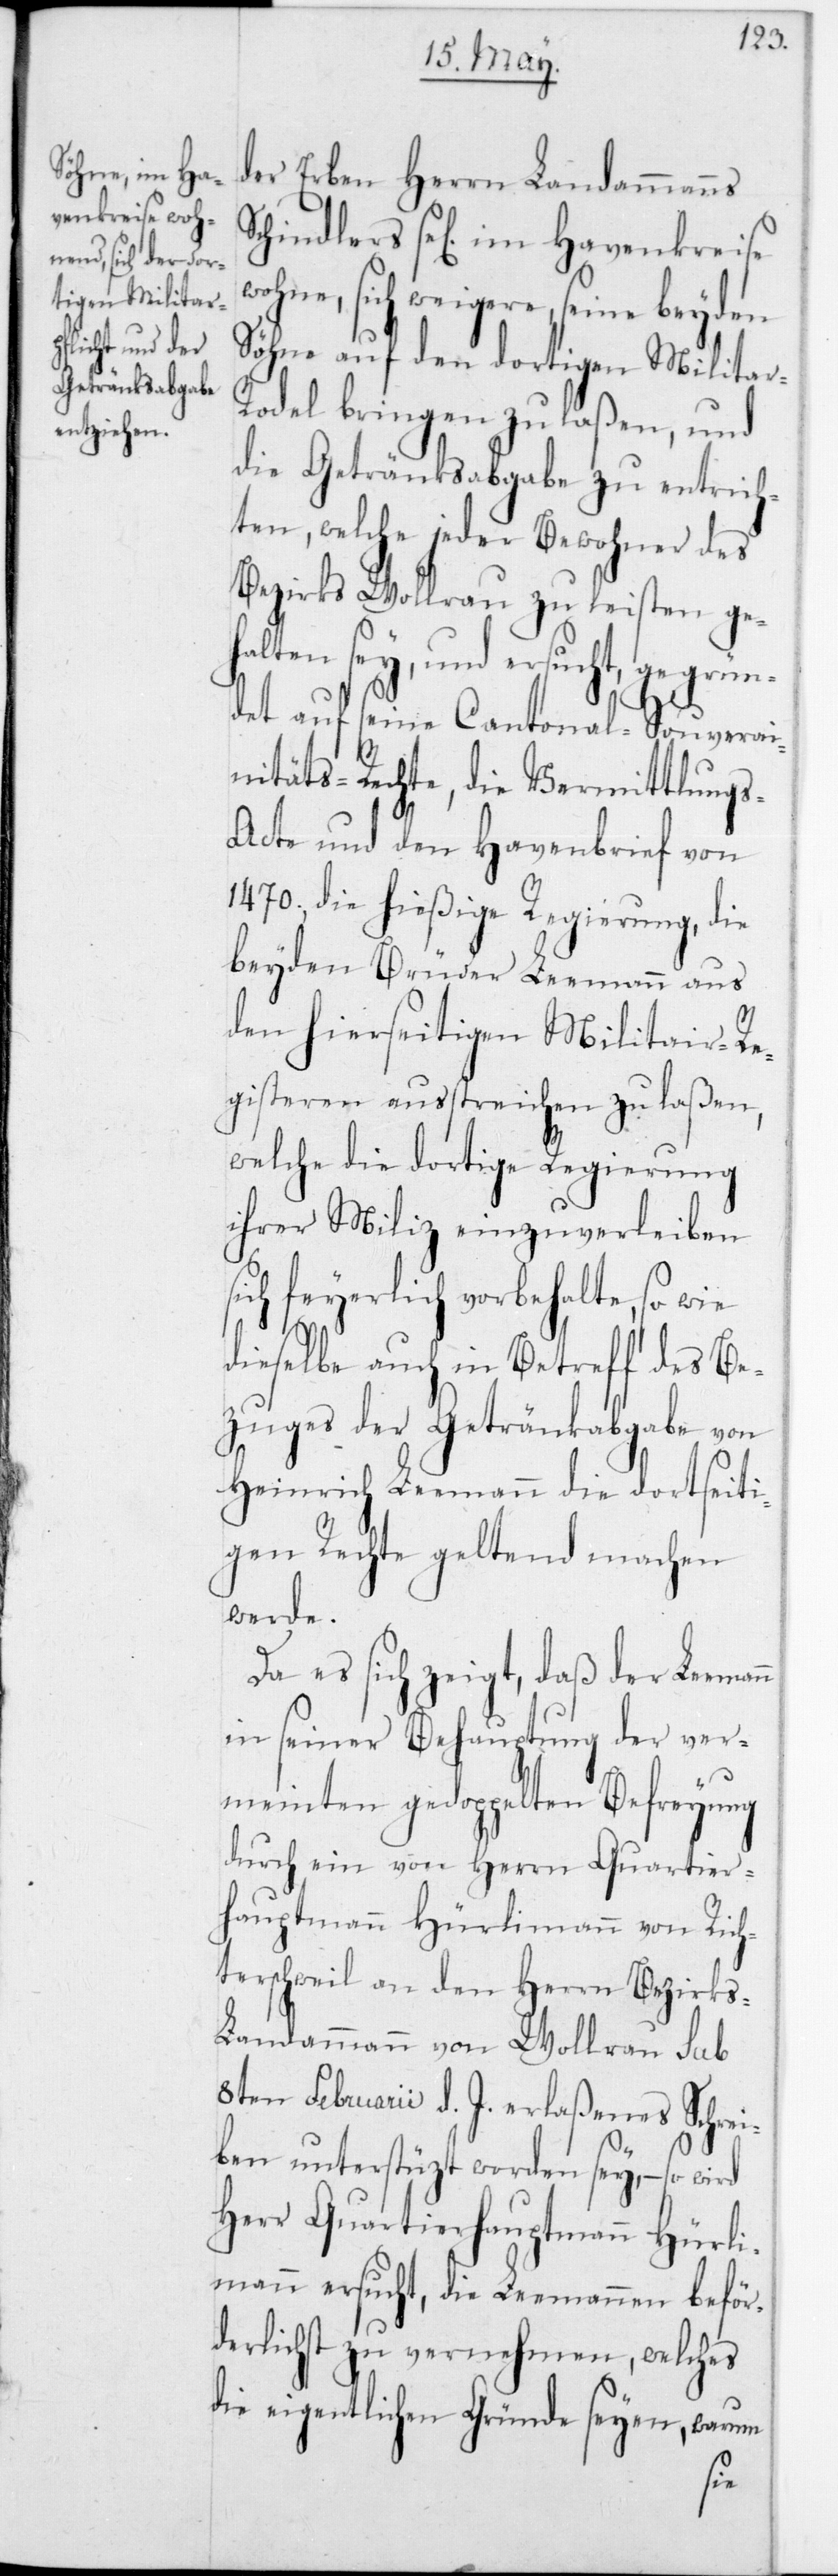
der Erben Herrn Landammanns
Schindlers sel. im Hafenkreise
wohne, sich weigere, seine beyden
Söhne auf den dortigen Militar-R¬
odel bringen zu laßen, und
die Getränksabgabe zu entrich¬
ten, welche jeder Bewohner des
Bezirks Wollerau zu leisten geh¬
alten sey, und ersucht, geg¬
det auf seine Cantonal-Souverai¬
nitäts-Rechte, die Vermitlung¬
s-Acte und den Havenbrief von
1470, die hießige Regierung, die
beyden Brüder Leemann aus
den hierseitigen Militar-Re¬
gisteren ausstreichen zu laßen,
welche die dortige Regierung
ihrer Miliz einzuverleiben
sich feyerlich vorbehalte, so wie
dieselbe auch in Betreff des Be¬
zuges der Getränkabgabe von
Heinrich Leemann die dortseiti¬
gen Rechte geltend machen
werde.
Da es sich zeigt, daß der Leem¬
in seiner Behauptung der ver¬
meinten gedoppelten Befreyung
durch ein von Herrn Quartier¬
hauptmann Hürlimann von Rich¬
terschweil an den Herrn Bezirks-L¬
andammann von Wollerau sub
8ten Februarii d. J. erlaßenes Schrei¬
ben unterstützt worden sey, – so
Herr Quartierhauptmann Hürli¬
mann ersucht, die Leemannen beför¬
derlichst zu vernehmen, welches
die eigentlichen Gründe seyen, warum
ann